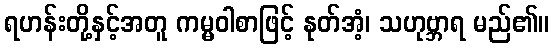
ရဟန်းတို့နှင့်အတူ ကမ္မဝါစာဖြင့် နုတ်အံ့၊ သဟုဗ္ဘာရ မည်၏။